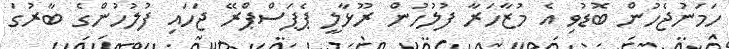
ހަމަނުޖެހުން ބޮޑުވި އެ މުޒާހަރާ ފުލުހުން ރޫޅާލީ ޕެޕަސްޕްރޭ ޖަހައި ފުލުހުންގެ ބާރުގަ